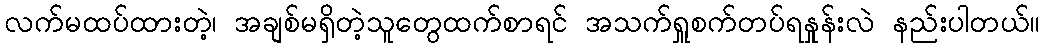
လက်မထပ်ထားတဲ့၊ အချစ်မရှိတဲ့သူတွေထက်စာရင် အသက်ရှူစက်တပ်ရနှုန်းလဲ နည်းပါတယ်။